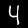
Label: 4